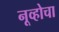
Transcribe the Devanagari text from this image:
नूव्होचा